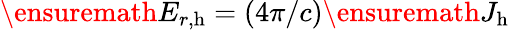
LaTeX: \ensuremath{E_{r,\mathrm{h}}}=(4\pi/c)\ensuremath{J_{\mathrm{h}}}